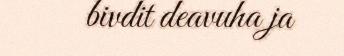
bivdit deavuha ja